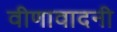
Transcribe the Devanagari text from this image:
वीणावादनी